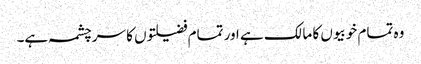
وہ تمام خوبیوں کا مالک ہے اور تمام فضیلتوں کا سرچشمہ ہے۔